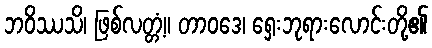
ဘဝိဿသိ၊ ဖြစ်လတ္တံ့။ တာဝဒေ၊ ရှေးဘုရားလောင်းတို့၏